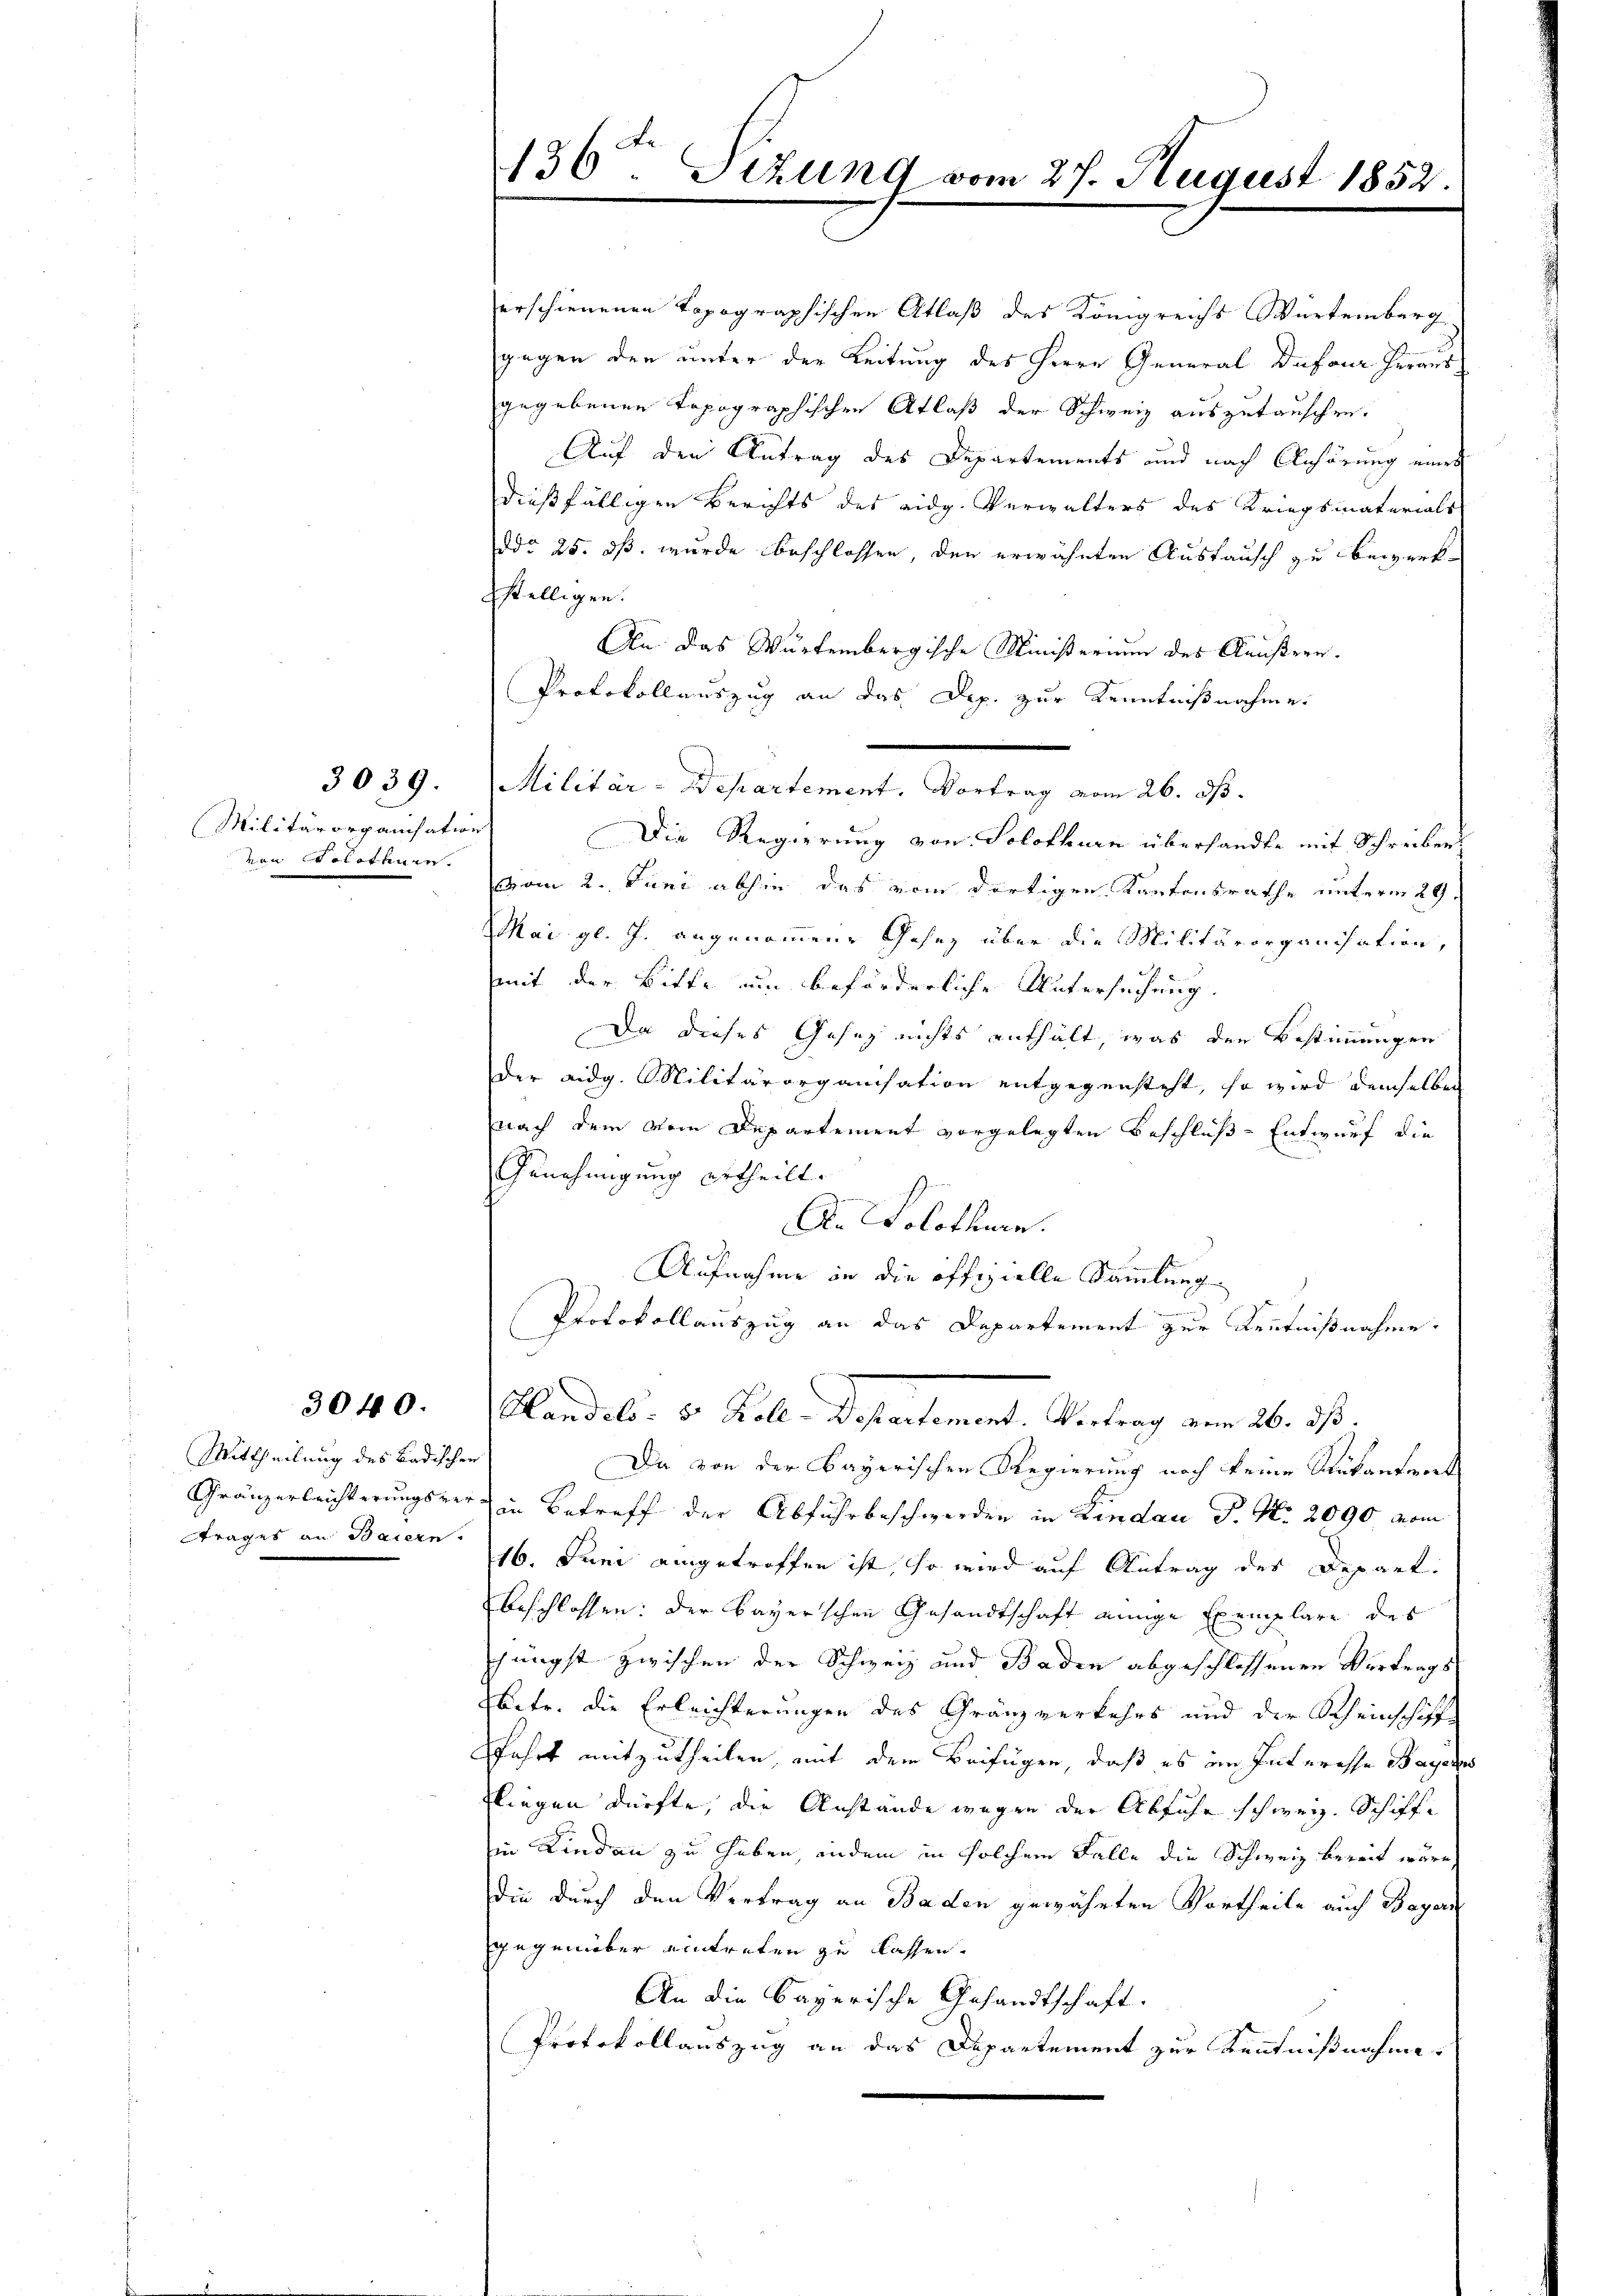
(Militärorganisation
von Solothurn.

3039.

Mittheilung des Badischen
Gränzerleichterungszer
trages an Baiern.

3040.

136ten Sizung vom 27. August 1852

erschienenen Topographischen Atlaß des Königreichs Würtemberg
gegen der unter der Leitung des Herrn General Dufour heraus
gegebenen Topographischen Atlaß der Schweiz auszutauschen.
Auf den Antrag des Departements und nach Anhörung wird
dießfälligen Berichts des eidg. Verwalters des Kriegsmaterials
ddo 25. dß wurde beschlossen, den erwähnten Austausch zu bewerkstelligen.
An das Würtembergische Ministerium des Aeußern.
Protokollauszug an das Dep. zur Kenntnißnahme.
Militär-Departement. Vortrag vom 26. ds.
Die Regierung von Solothurn übersandte mit Schreiben
vom 2. Juni abhin das vom dortigen Kantonsrathe unterm 29.
Mai gl. J. angenommene Gesez über die Militärorganisation,
mit der Bitte um beförderliche Untersuchung
Da dieses Gesez nichts enthält, was den Bestimmungen
der eidg. Militärorganisation entgegensteht, so wird demselben
nach dem vom Departement vorgelegten Beschluß-Entwurf die
Genehmigung ertheilt.
An Solothurn.
Aufnahme in die offizielle Sammlung
Protokollauszug an das Departement zur Kenntnißnahme.
Handels- u. Koll. Departement. Antrag vom 26. ds.
Da von der Bayerischen Regierung noch keine Rükantens
in Betreff der Abfuhrbeschwerden in Lindau P. Nr. 2090 vom
16. Juni eingetroffen ist, so wird auf Antrag des Depart.
beschlossen: der Bayerschen Gesandtschaft einige Exemplare des
pfüngst zwischen der Schweiz und Baden abgeschlossenen Vertrags
Ebetr. die Erleichterungen des Gränzverkehrs und der Scheinschifffahrt mitzutheilen, mit dem Beifügen, daß es im Interesse Bayers
liegen dürfte, die Anstande wegen der Abfuhr schweiz. Schiffe
in Lindau zu haben, andern in solchem Falle die Schweiz bereit wäre,
Die durch den Vertrag an Baden gewährten Vortheile auch Bayern
gegenüber eintreten zu lassen.
An die Bayerische Gesandtschaft.
Protokollauszug an das Departement zur Kenntnißnahme